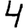
Digit: 4